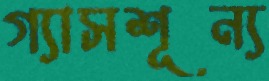
গ্যাসশূন্য